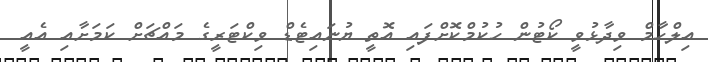
އިލްހާމް ވިދާޅުވީ ކޯޓުން ހުކުމްކޮށްފައި އޮތީ ޔުނައިޓެޑް ވިކްޓަރީގެ މައްޗަށް ކަމަށާއި އެއީ